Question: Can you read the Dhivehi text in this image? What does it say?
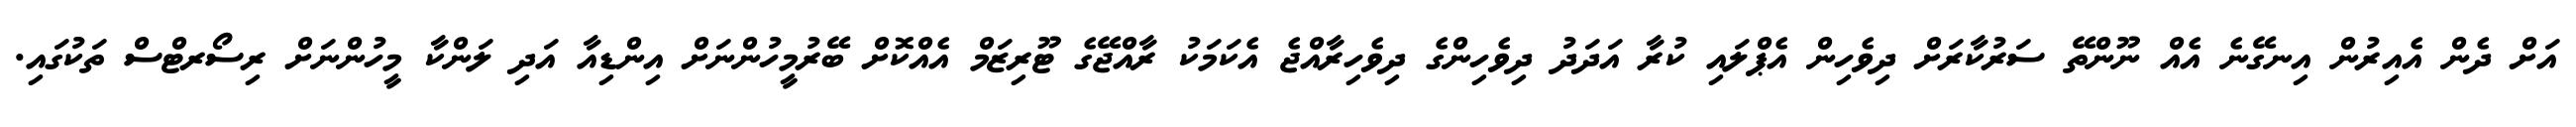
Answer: އަށް ދެން އެއިރުން އިނގޭނެ އެއް ނޫންތޭ ސަރުކާރަށް ދިވެހިން އެޕްލައި ކުރާ އަދަދު ދިވެހިންގެ ދިވެހިރާއްޖެ އެކަމަކު ރާއްޖޭގެ ޓޫރިޒަމް އެއްކޮށް ބޭރުމީހުންނަށް އިންޑިއާ އަދި ލަންކާ މީހުންނަށް ރިސޯރޓްސް ތަކުގައި.